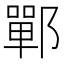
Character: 鄲